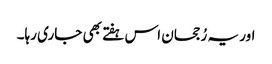
اور یہ رُجحان اس ہفتے بھی جاری رہا۔